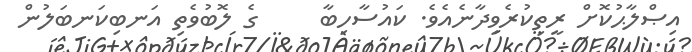
އިޞްލާޙުކޮށް ރީތިކުރެވިދާނެއެވެ. ކައުސާހިބާ     ގެ ލޮބުވެތި އަނބިކަނބަލުން